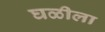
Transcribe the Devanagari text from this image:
घळीला